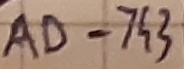
Text: AD-743